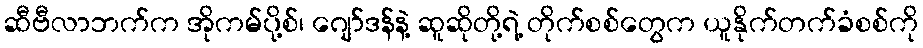
ဆီဗီလာဘက်က အိုကမ်ပို့စ်၊ ဂျော်ဒန်နဲ့ ဆူဆိုတို့ရဲ့ တိုက်စစ်တွေက ယူနိုက်တက်ခံစစ်ကို